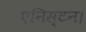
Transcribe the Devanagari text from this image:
एनिस्टन।